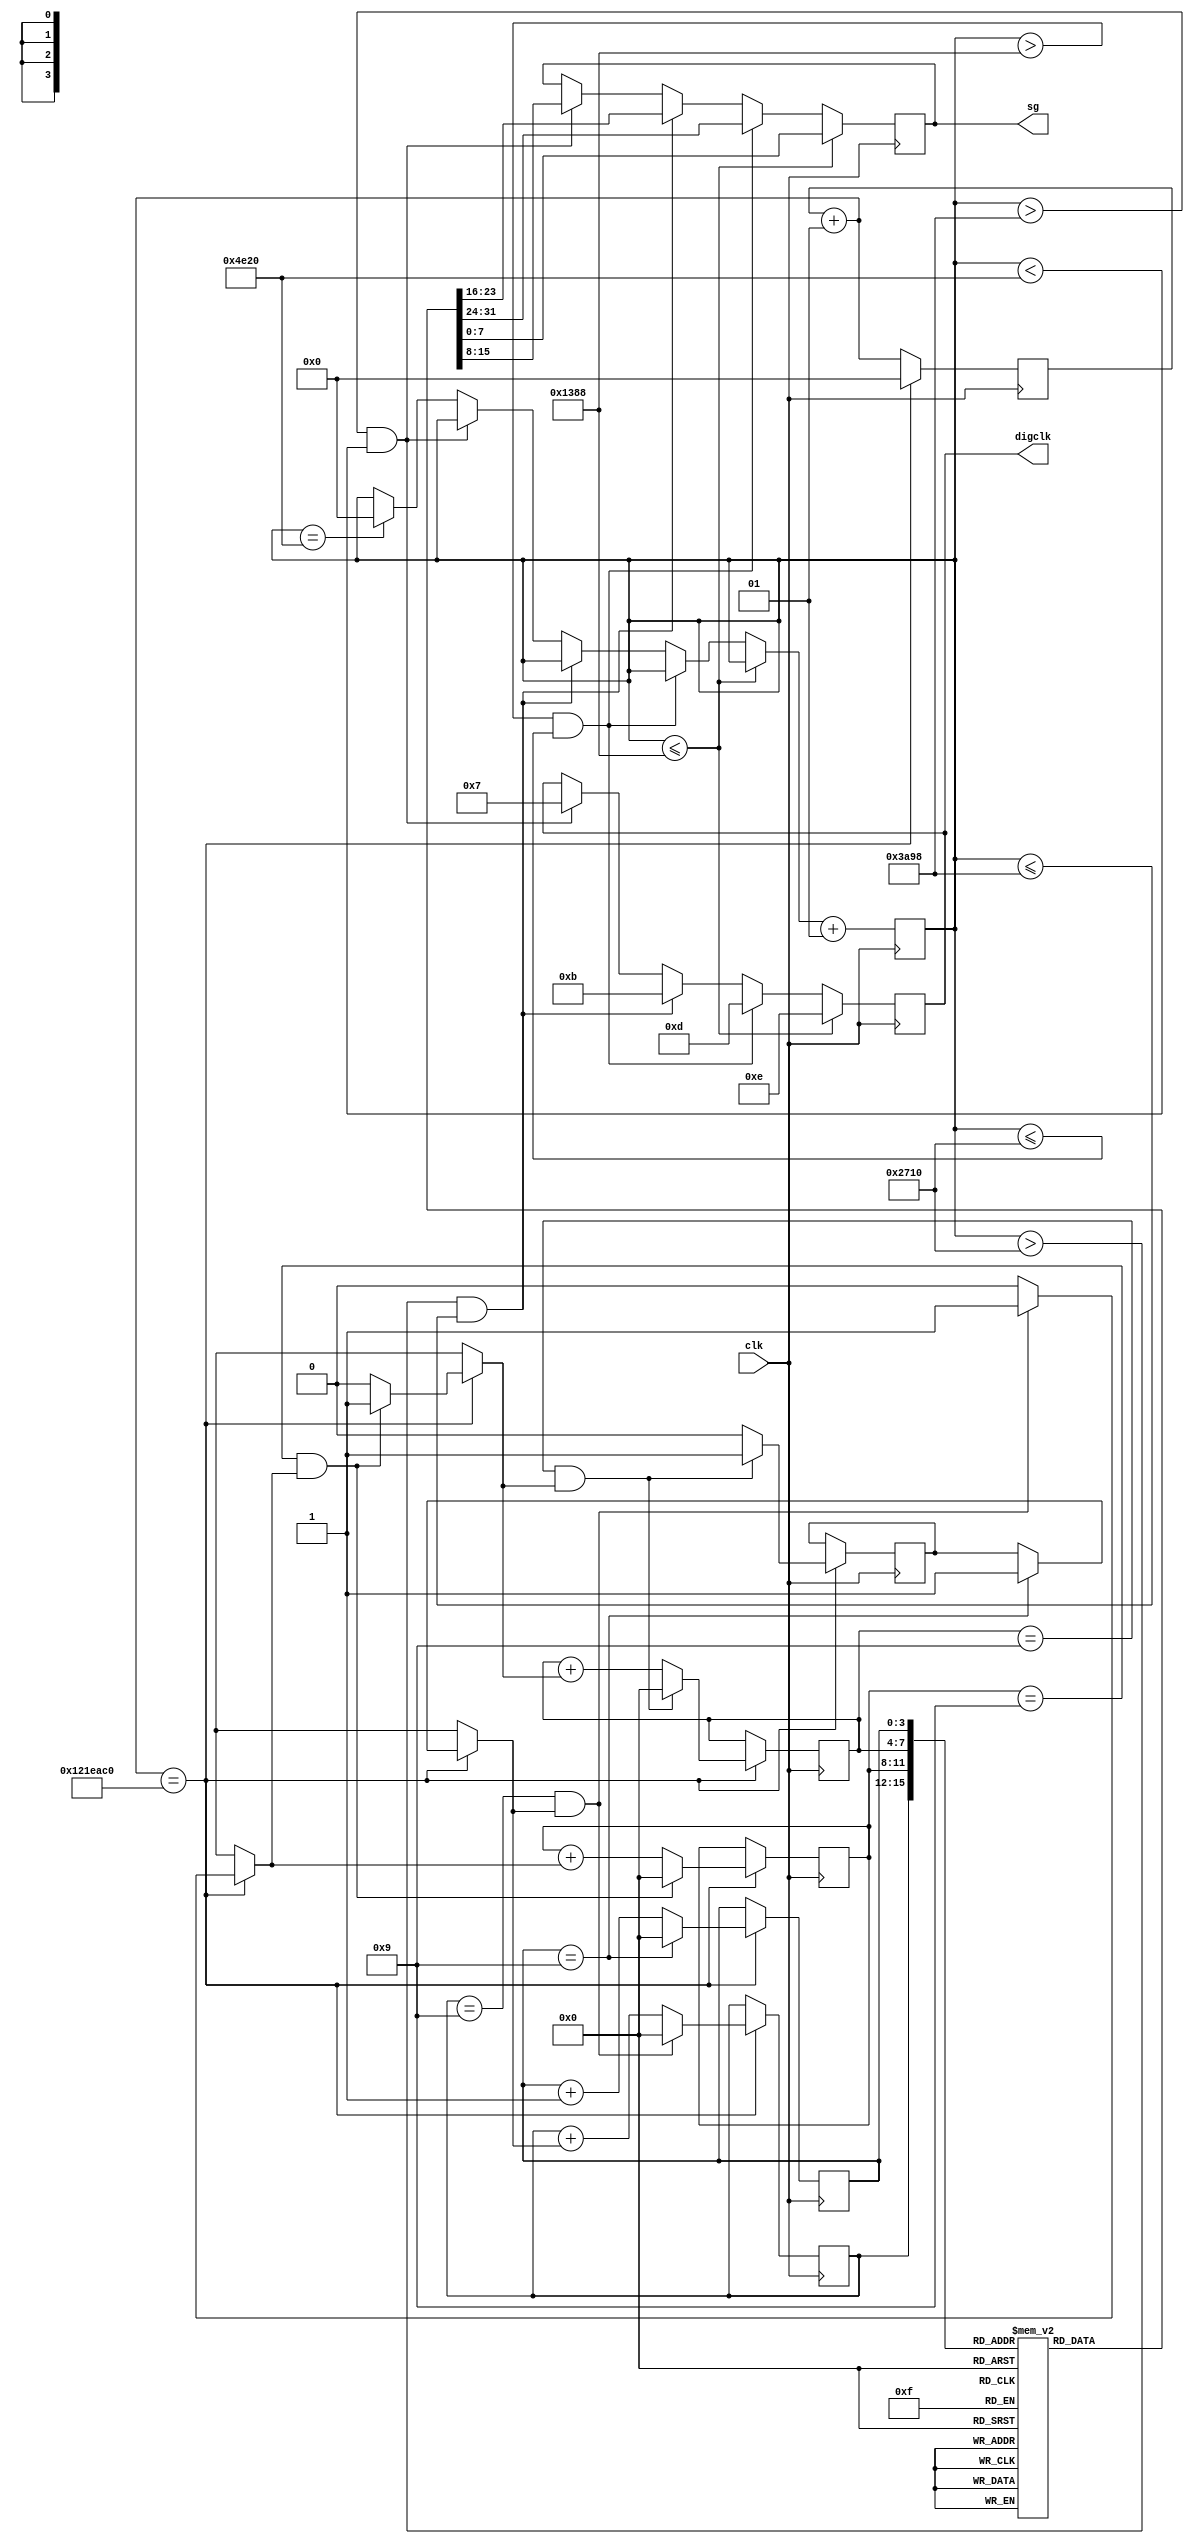

module segd(
input clk,
output reg[7:0] sg,
output reg[3:0] digclk=4'b0000

);


reg [7:0] digsegmap[0:9];



reg [3:0] state[0:3];
reg cary=1'b0;


integer counter2=0;
integer counter3=0;

initial begin

	digsegmap[0] <= 8'hc0; //"0"
	digsegmap[1] <= 8'hf9; //"1"
	digsegmap[2] <= 8'ha4; //"2"
	digsegmap[3] <= 8'hb0; //"3"
	digsegmap[4] <= 8'h99; //"4"
	digsegmap[5] <= 8'h92; //"5"
	digsegmap[6] <= 8'h82; //"6"
	digsegmap[7] <= 8'hf8; //"7"
	digsegmap[8] <= 8'h80; //"8"
	digsegmap[9] <= 8'h90; //"9"
	
end
 
 
 

 
 always @(posedge clk)begin
  counter3=counter3+1;
  if (counter3==19000000)
  begin
	  counter3=0;
	  
	  if(state[0]==9)begin
		  state[0]=0;
		  cary=1'b1;
		end
		
		else begin
		state[0]=state[0]+1'b1;
		end
		
		
		
	  if(state[1]==9 & cary)begin
		  state[1]=0;
		  cary=1'b1;
		end
		else begin
		state[1]=state[1]+cary;
		cary=0;
		end
		
		 if(state[2]==9 & cary)begin
		  state[2]=0;
		  cary=1'b1;
		end
		else begin
		state[2]=state[2]+cary;
		cary=0;
		end
		
		
		 if(state[3]==9 & cary)begin
		  state[3]=0;
		  cary=1'b1;
		end
		else begin
		state[3]=state[3]+cary;
		cary=0;
		end
		 
  
  end
  end
 
 
  
 always @(posedge clk)begin
 
 if (counter2<=5000)
 begin
 digclk=4'b1110;
 sg=digsegmap[state[0]];
 end
 
 
 else if (counter2>5000 &counter2<=10000)
 begin
 digclk=4'b1101;
 sg=digsegmap[state[1]];
 
 end
 
 else if (counter2>10000&counter2<=15000)
 begin
 digclk=4'b1011;
 sg=digsegmap[state[2]];
 
 end
 
 else if (counter2>15000&counter2<20000)
 begin
 digclk=4'b0111;
 sg=digsegmap[state[3]];
 
 end
 
 else if(counter2==20000)
 begin
 counter2=0;
 
 end
 
 
 counter2=counter2+1;
 
 
 

 end
 
 
 
 
 
 
endmodule